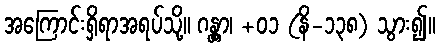
အကြောင်းရှိရာအရပ်သို့။ ဂန္တွာ၊ +၀၁ (နိ-၁၃၈) သွား၍။